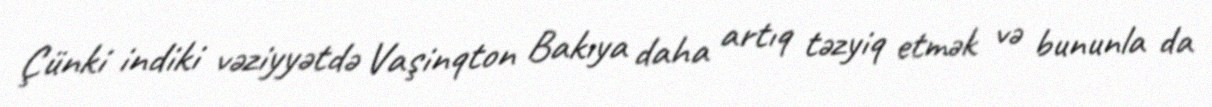
Çünki indiki vəziyyətdə Vaşinqton Bakıya daha artıq təzyiq etmək və bununla da